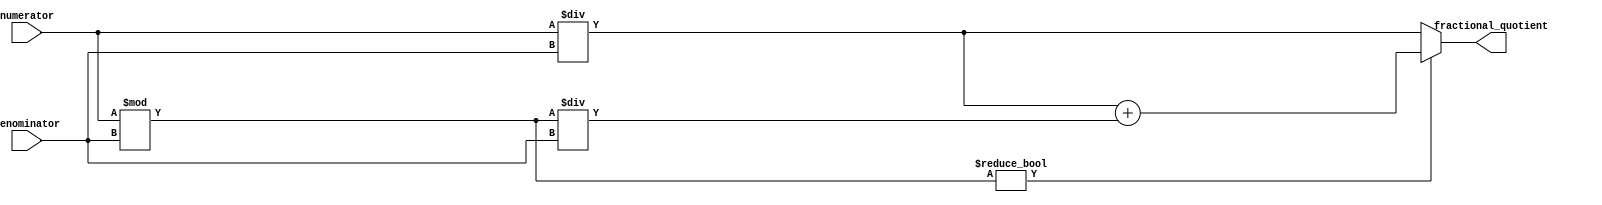
module FractionalDivider (
    input wire [31:0] numerator,
    input wire [31:0] denominator,
    output reg [31:0] fractional_quotient
);

reg [31:0] quotient;
reg [31:0] remainder;

initial begin
    quotient = 0;
    remainder = 0;
end

always @(*) begin
    quotient = numerator / denominator;
    remainder = numerator % denominator;
    
    if(remainder != 0)
        fractional_quotient = quotient + (remainder / denominator);
    else
        fractional_quotient = quotient;
end

endmodule